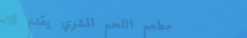
مطعم اللحم المشوي يقدم لك